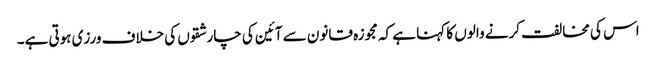
اس کی مخالفت کرنے والوں کا کہنا ہے کہ مجوزہ قانون سے آئین کی چار شقوں کی خلاف ورزی ہوتی ہے۔